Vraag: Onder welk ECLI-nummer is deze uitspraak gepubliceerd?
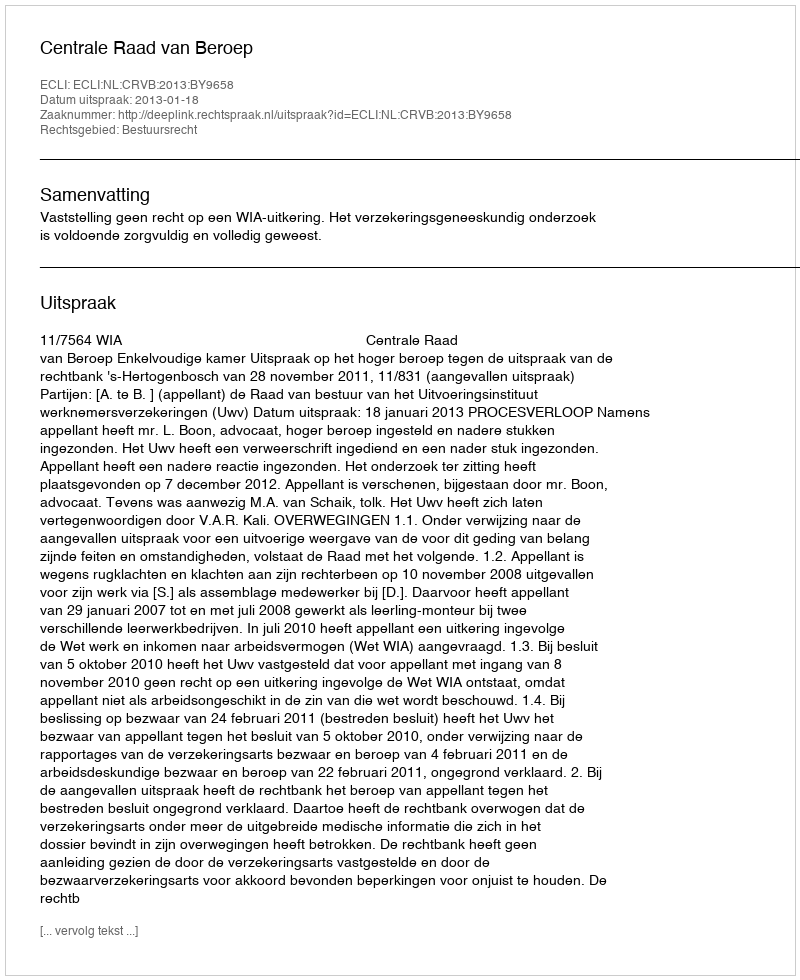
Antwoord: ECLI:NL:CRVB:2013:BY9658